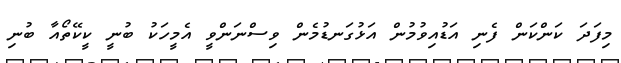
މިފަދަ ކަންކަން ފެނި އަޑުއިވުމުން އަޅުގަނޑުމެން ވިސްނަންވީ އެމީހަކު ބުނީ ކީކޭތޯއާ ބުނި